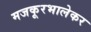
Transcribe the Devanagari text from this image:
मजकूरभालेकर